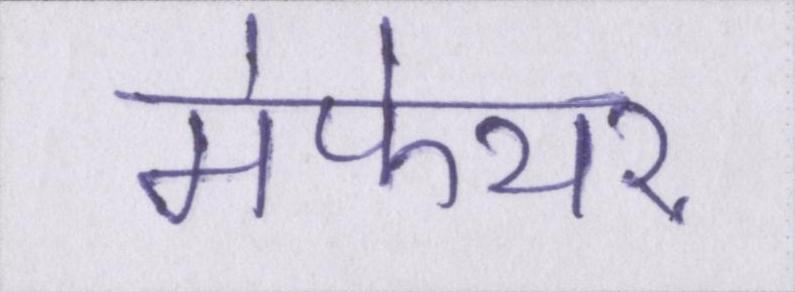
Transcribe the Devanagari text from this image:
मेफेयर